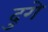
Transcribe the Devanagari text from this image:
दुगे